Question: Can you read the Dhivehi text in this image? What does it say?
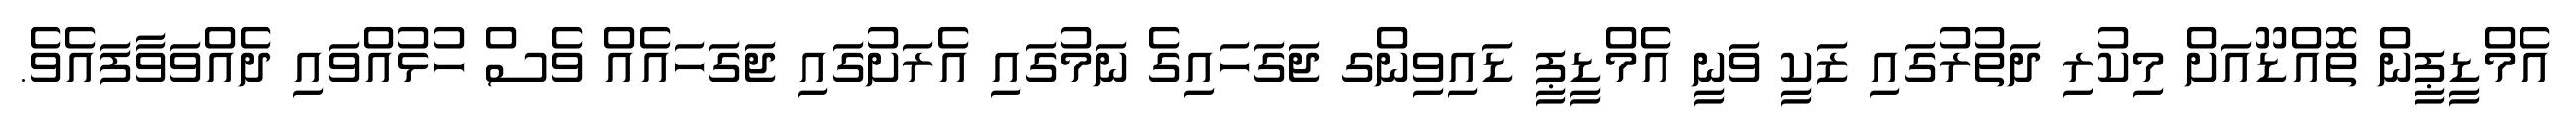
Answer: އެމްޑީޕީން ތޮއްޑޫއަށް މިކުރި ދަތުރުގައި ޒަކީ ވަނީ އެމްޑީޕީ ޑައިވިންގ ޖަގަހައިގެ ނަމުގައި އެރަށުގައި ޖަގަހައެއް ވެސް ހުޅުއްވައި ދެއްވަވާފައެވެ.